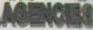
AGENCIES